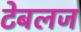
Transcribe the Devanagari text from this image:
टेबलज